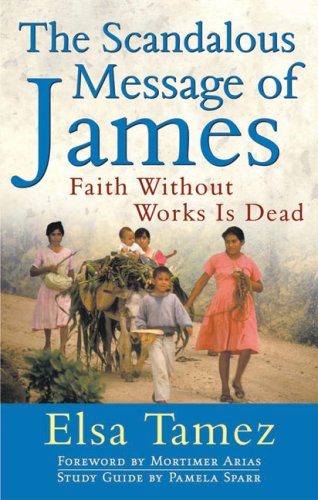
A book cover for The Scandalous Message of James: Faith Without Works Is Dead; Elsa Tamez; Christian Books & Bibles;